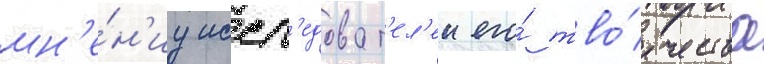
мн'е́н'иу иссл'едоват'ел'еи его́ тво́рчества